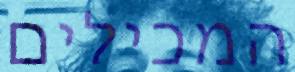
המכילים